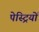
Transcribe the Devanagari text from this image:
पेस्ट्रियों